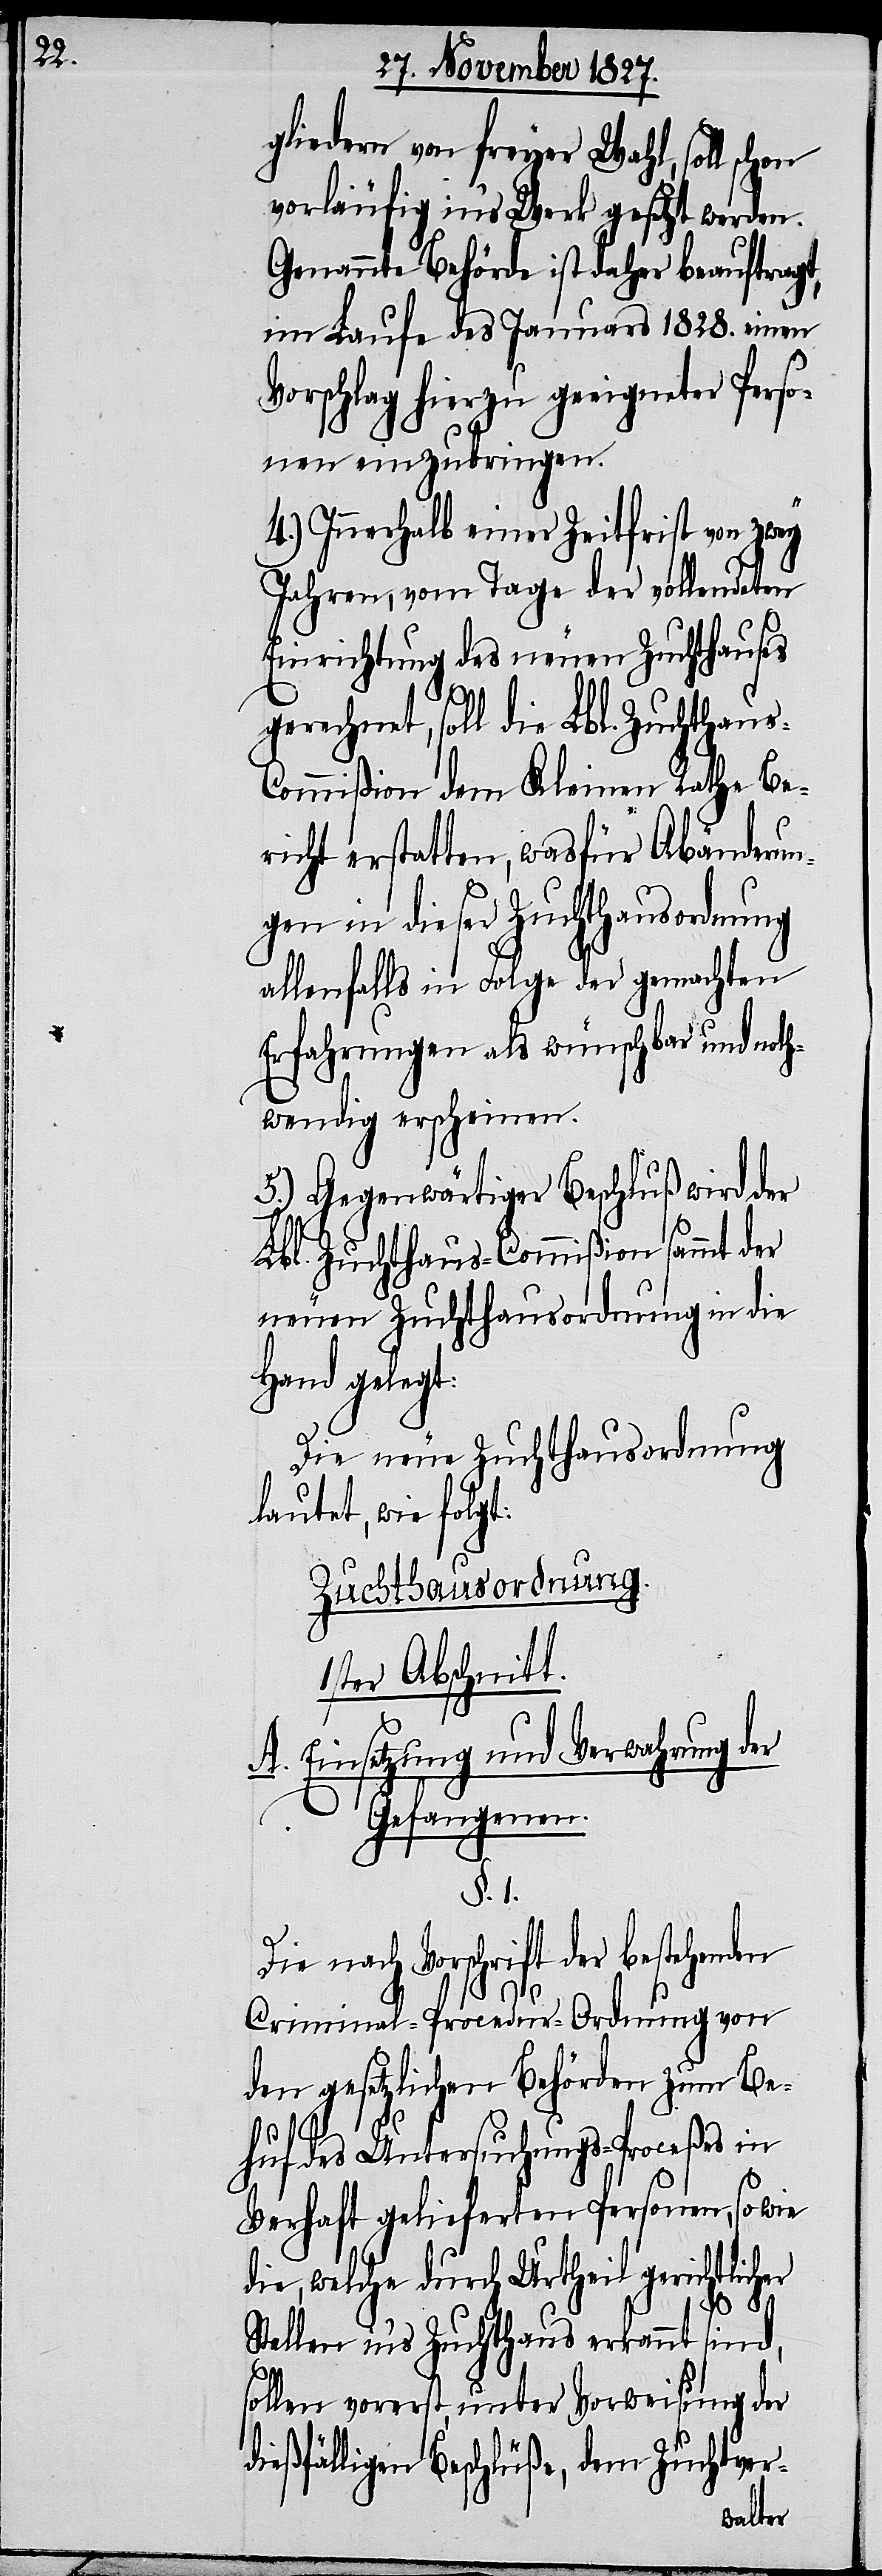
d¬

gliedern von freyer Wahl, soll
vorläufig in’s Werk gesetzt werden.
Genannte Behörde ist daher beauftragt,
im Laufe des Januars 1828. einen
Vorschlag hierzu geeigneter Perso¬
nen einzubringen.
4.) Innerhalb einer Zeitfrist von zwey
Jahren, vom Tage der vollendeten
Einrichtung des neuen Zuchthauses
gerechnet, soll die Lbl. Zuchthaus-C¬
ommißion dem Kleinen Rathe Be¬
richt erstatten, was für Abänderun¬
gen in dieser Zuchthausordnung
allenfalls in Folge der gemachten
Erfahrungen als wünschbar und noth¬
wendig erscheinen.
5.) Gegenwärtiger Beschluß wird der
Lbl. Zuchthaus-Commißion sammt der
neuen Zuchthausordnung in die
Hand gelegt.
Die neue Zuchthausordnung
lautet, wie folgt:
Zuchthausordnung.
1ster Abschnitt.
A. Einsetzung und Verwahrung der
Gefangenen.
§. 1.
Die nach Vorschrift der bestehenden
Criminal-Procedur-Ordnung von
den gesetzlichen Behörden zum Be¬
huf des Untersuchungs-Proceßes in
Verhaft gelieferten Personen, so wie
die, welche durch Urtheil gerichtlicher
Stellen in’s Zuchthaus erkannt sind,
sollen vorerst, unter Vorweisung der
ießfälligen Beschlüße, dem Zuchtver-